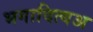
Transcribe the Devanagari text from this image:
भगादित्यअ